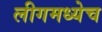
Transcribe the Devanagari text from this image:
लीगमध्येच